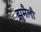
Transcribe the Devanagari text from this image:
झुमैलौ